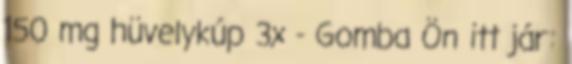
150 mg hüvelykúp 3x - Gomba Ön itt jár: